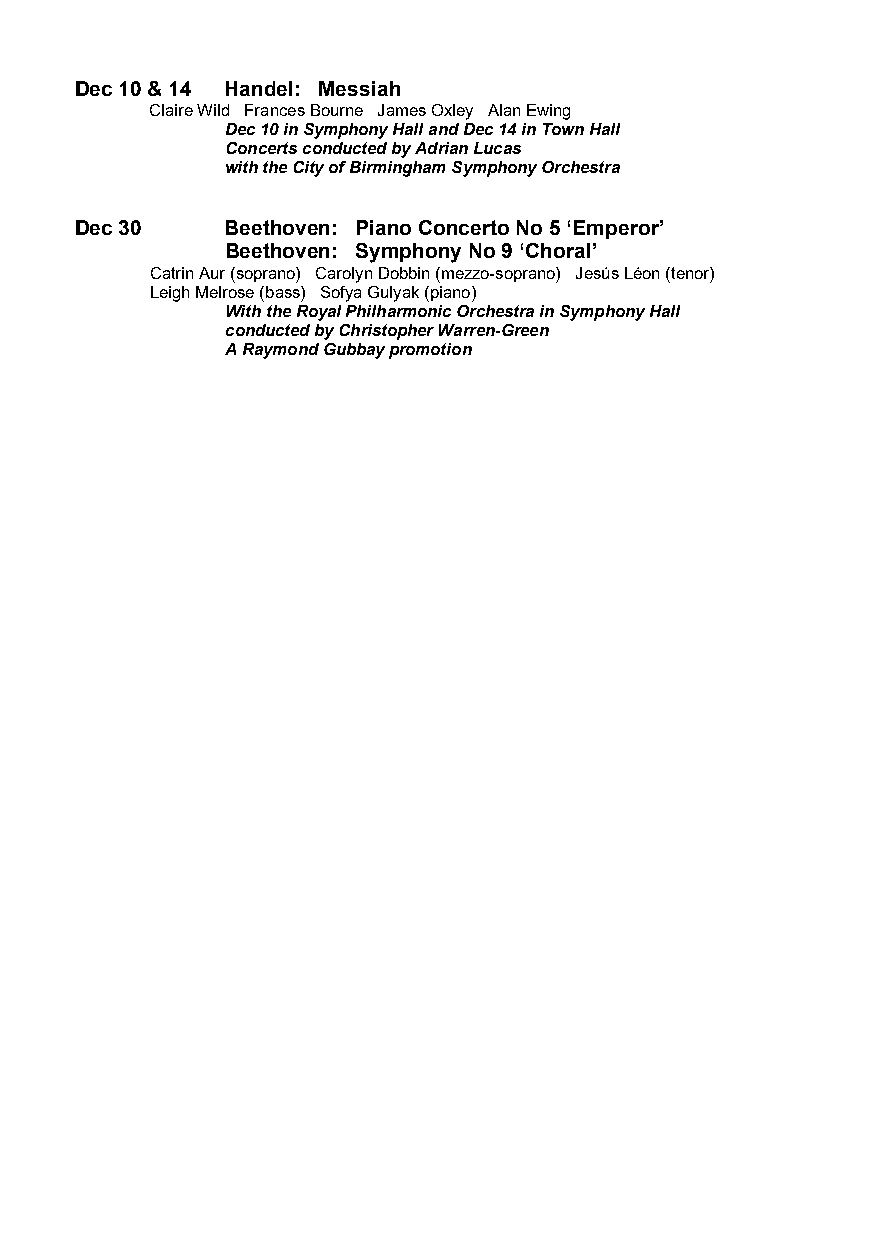
Dec 10 & 14 Handel: Messiah
 Claire Wild Frances Bourne James Oxley Alan Ewing
 Dec 10 in Symphony Hall and Dec 14 in Town Hall
 Concerts conducted by Adrian Lucas
 with the City of Birmingham Symphony Orchestra
 Dec 30    Beethoven: Piano Concerto No 5 ‘Emperor’
 Beethoven: Symphony No 9 ‘Choral’
 Catrin Aur (soprano) Carolyn Dobbin (mezzo-soprano) Jesús Léon (tenor)
 Leigh Melrose (bass) Sofya Gulyak (piano)
 With the Royal Philharmonic Orchestra in Symphony Hall
 conducted by Christopher Warren-Green
 A Raymond Gubbay promotion